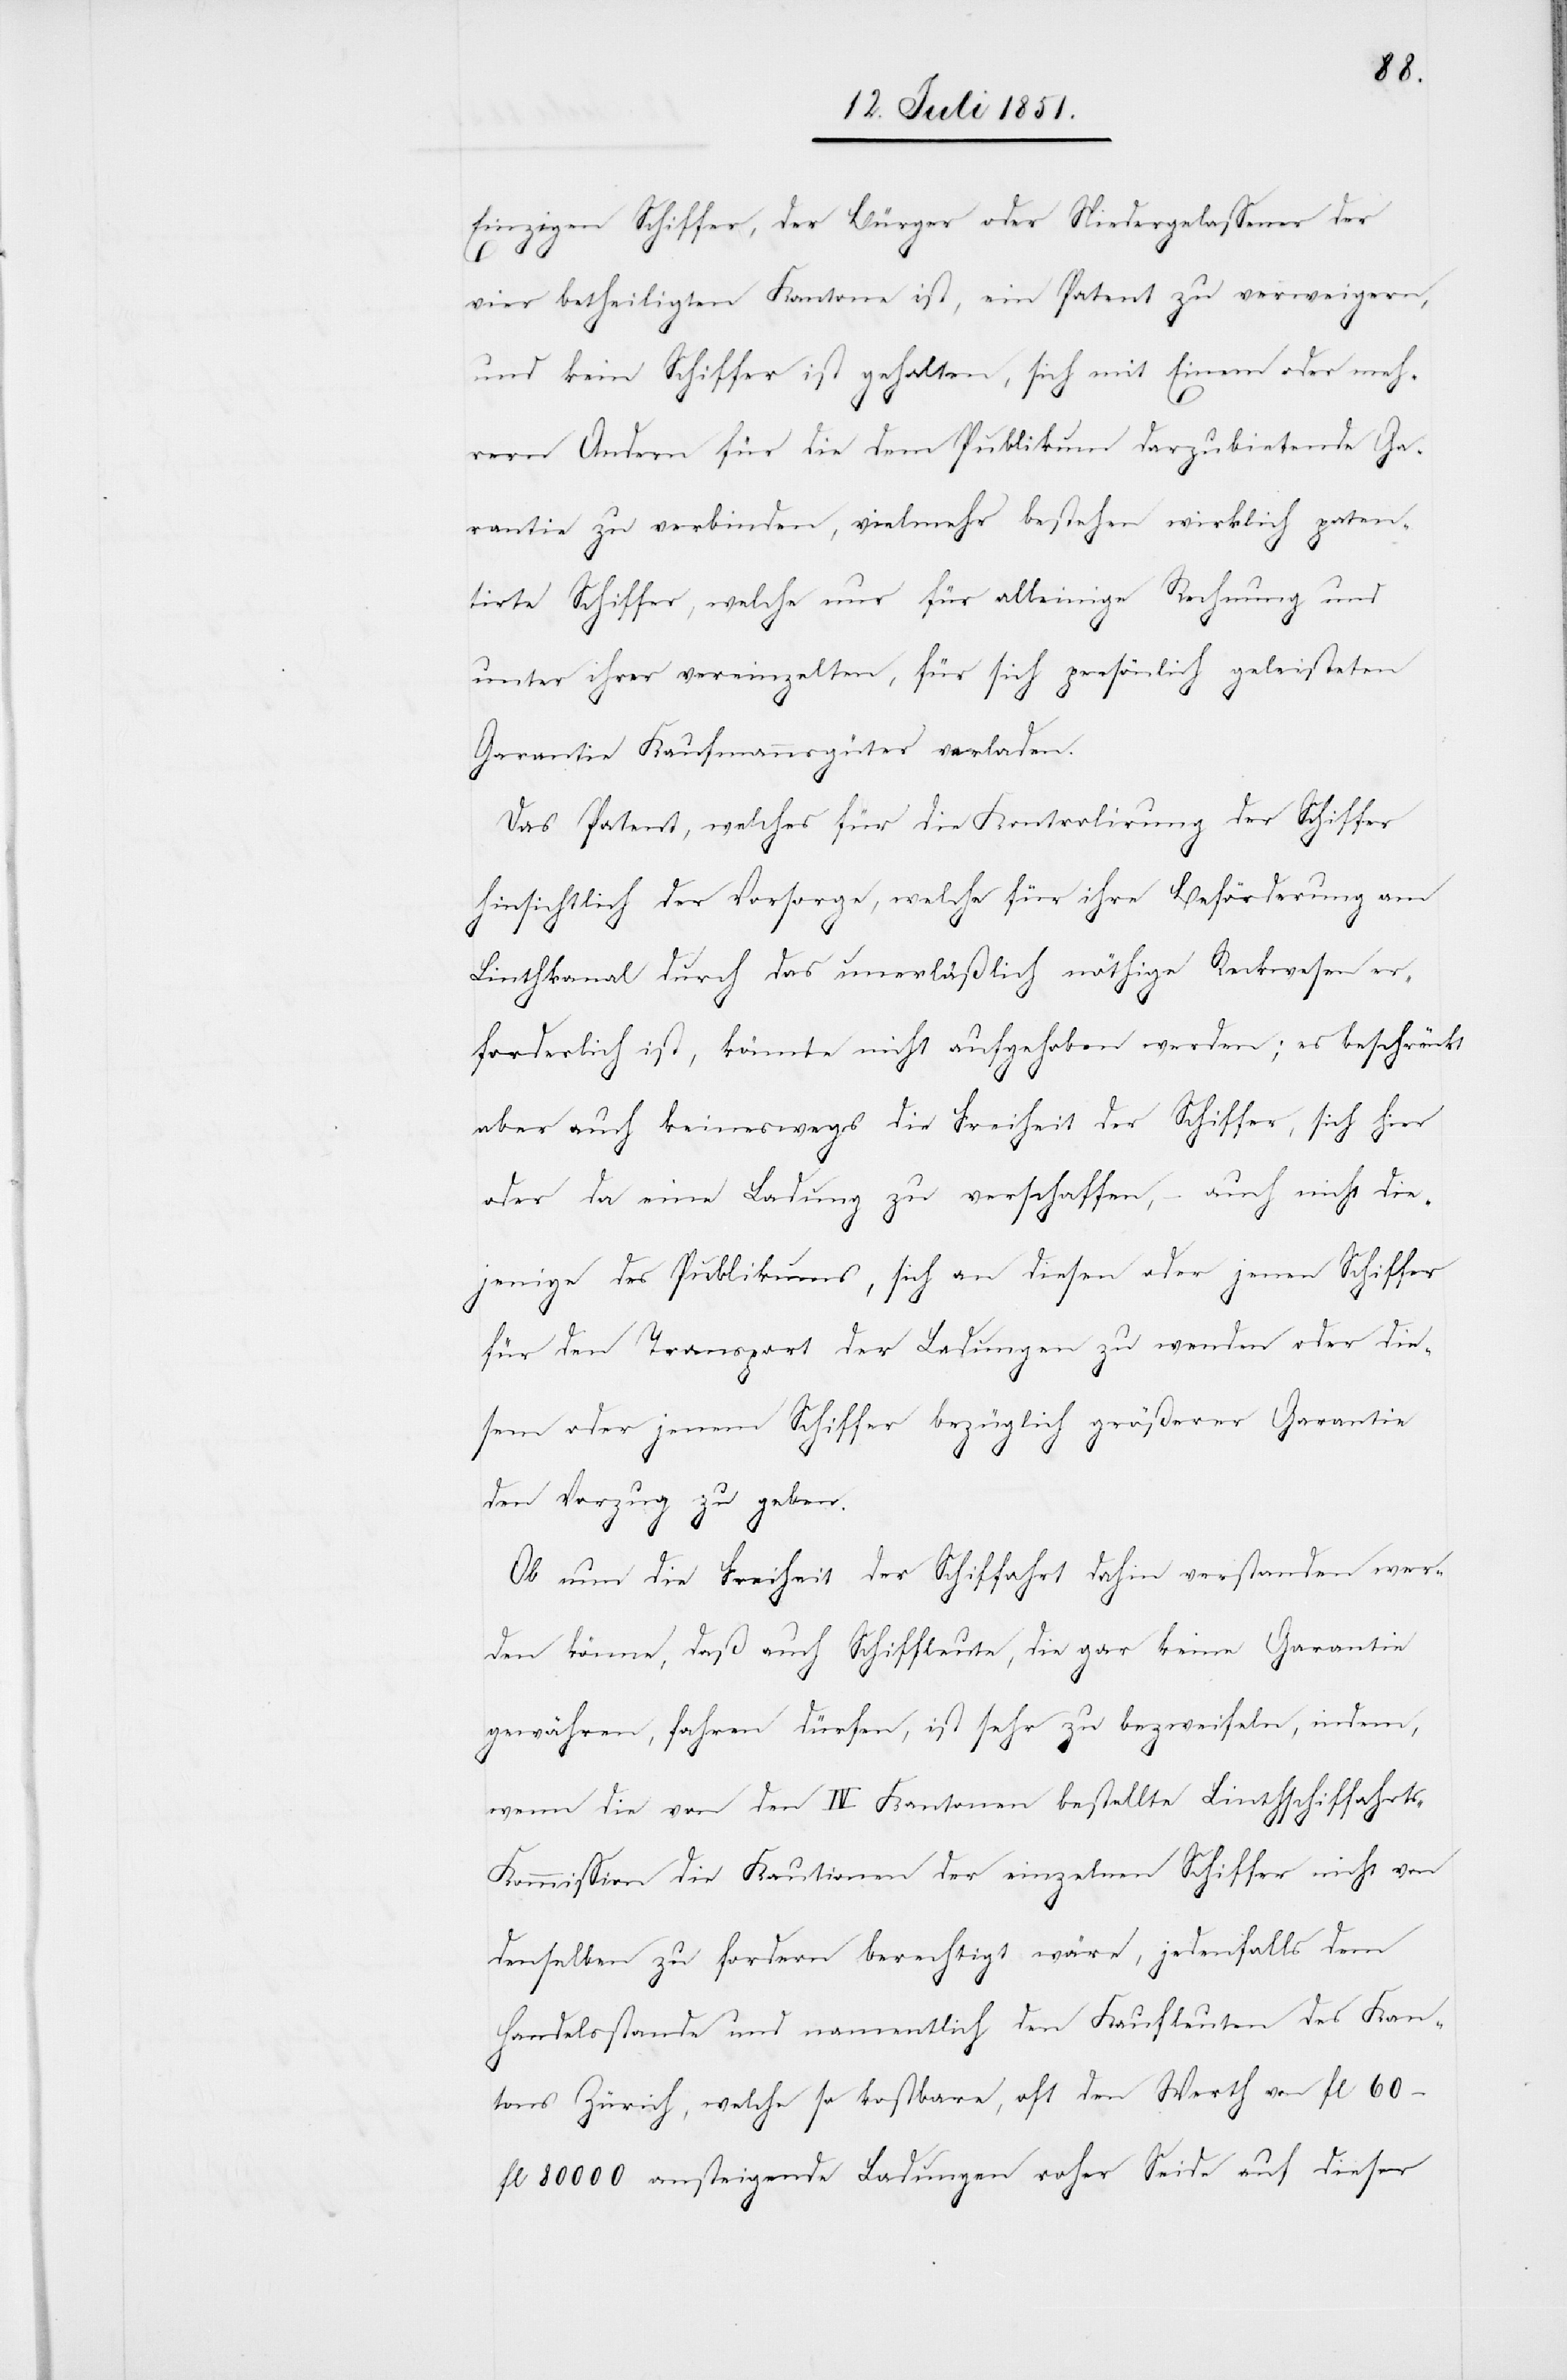
Einzigen Schiffer, der Bürger oder Niedergelassener der
vier betheiligten Kantone ist, ein Patent zu verweigern,
und kein Schiffer ist gehalten, sich mit Einem oder meh¬
rern Andern für die dem Publikum darzubietende Ga¬
rantie zu verbinden, vielmehr bestehen wirklich paten¬
tirte Schiffer, welche nur für alleinige Rechnung und
unter ihrer vereinzelten, für sich persönlich geleisteten
Garantie Kaufmannsgüter verladen.
Das Patent, welches für die Kontrolirung der Schiffer
hinsichtlich der Vorsorge, welche für ihre Beförderung am
Linthkanal durch das unerläßlich nöthige Reckwesen er¬
forderlich ist, könnte nicht aufgehoben werden; es beschränkt
aber auch keineswegs die Freiheit der Schiffer, sich hier
oder da eine Ladung zu verschaffen, – auch nicht die¬
jenige des Publikums, sich an diesen oder jenen Schiffer
für den Transport der Ladungen zu wenden oder die¬
sem oder jenem Schiffer bezüglich größerer Garantie
den Vorzug zu geben.
Ob nun die Freiheit der Schiffahrt dahin verstanden wer¬
den könne, daß auch Schiffleute, die gar keine Garantie
gewähren, fahren dürfen, ist sehr zu bezweifeln, indem,
wenn die von den IV Kantonen bestellte Linthschiffahrt¬
s-Kommission die Kautionen der einzelnen Schiffer nicht von
denselben zu fordern berechtigt wäre, jedenfalls dem
Handelsstande und namentlich den Kaufleuten des Kan¬
tons Zürich, welche so kostbare, oft den Werth von fl 60 –
fl 80 000 ansteigende Ladungen roher Seide auf dieser